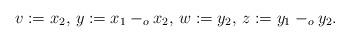
LaTeX: \begin{align*} v := x_2, \, y := x_1 -_o x_2, \, w := y_2, \, z := y_1 -_o y_2. \end{align*}